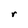
Character: r